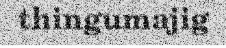
thingumajig